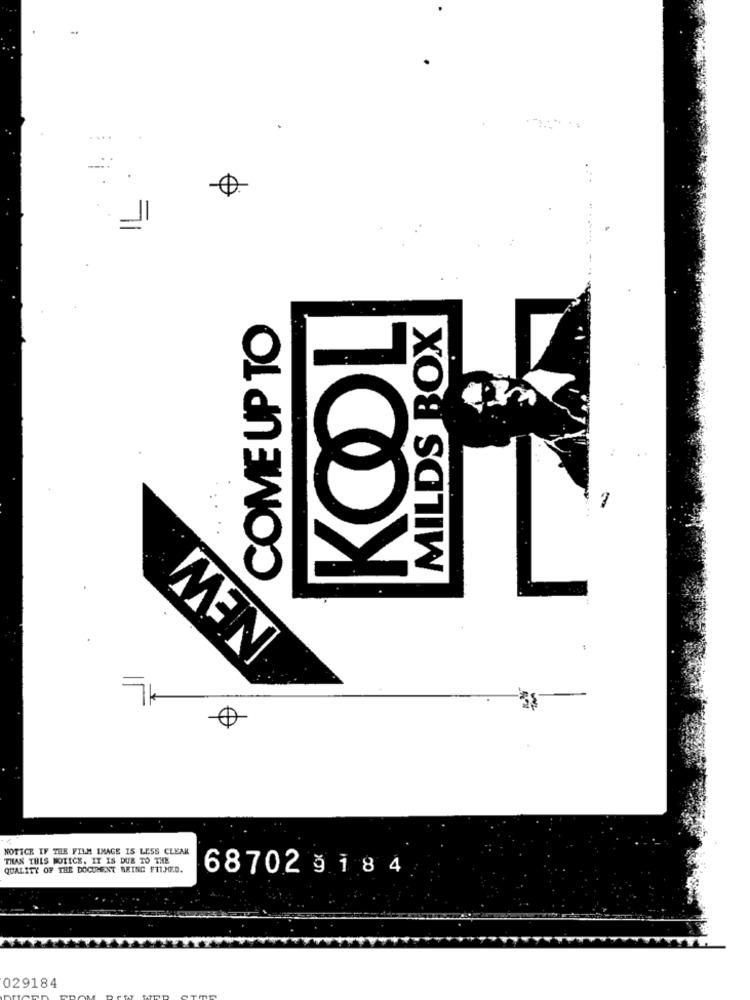
MILDS BOX
COME UP TO
KOOL
NEW
NOTICE IF THE FILM IMAGE IS LESS CLEAR
THAN THIS NOTICE. IT IS DUE TO THE
QUALITY OF THE DOCUMENT BRING FITJED.
68702 9 184
029184